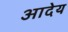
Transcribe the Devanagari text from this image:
आदेय